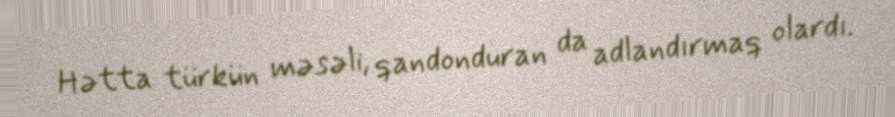
Hətta türkün məsəli, qandonduran da adlandırmaq olardı.